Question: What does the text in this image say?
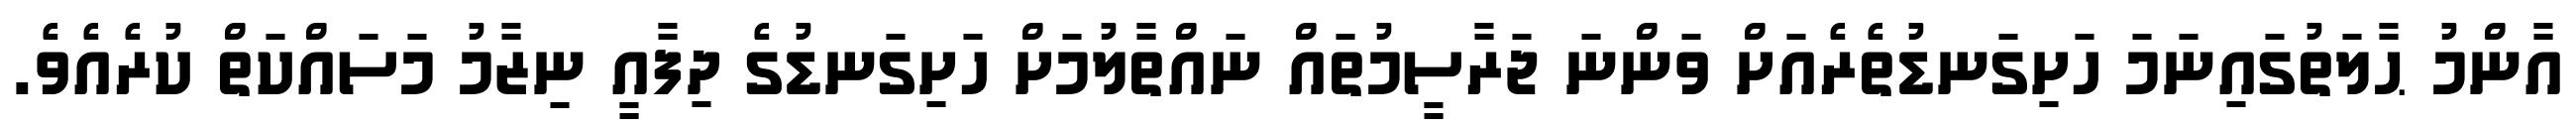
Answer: އާންމު ޙާލަތުގައިނަމަ ހަށިގަނޑުތެރެއަށް ވަންނަ ޖަރާސީމުތައް ނައްތާލުމަށް ހަށިގަނޑުގެ ދިފާއީ ނިޒާމު މަސައްކަތް ކުރެއެވެ.